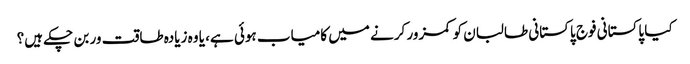
کیا پاکستانی فوج پاکستانی طالبان کو کمزور کرنے میں کامیاب ہوئی ہے، یا وہ زیادہ طاقت ور بن چکے ہیں؟